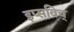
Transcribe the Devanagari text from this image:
इप्सविच्‌